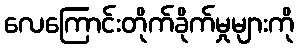
လေကြောင်းတိုက်ခိုက်မှုများကို